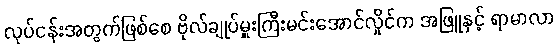
လုပ်ငန်းအတွက်ဖြစ်စေ ဗိုလ်ချုပ်မှူးကြီးမင်းအောင်လှိုင်က အဖြူနှင့် ရာမာလာ